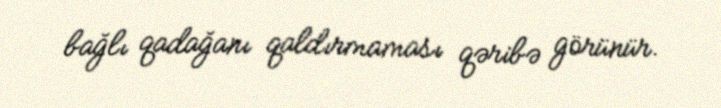
bağlı qadağanı qaldırmaması qəribə görünür.